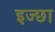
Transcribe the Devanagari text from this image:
इज्छा